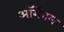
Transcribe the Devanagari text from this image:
ऑर्गेनम